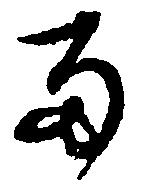
雨